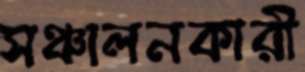
সঞ্চালনকারী